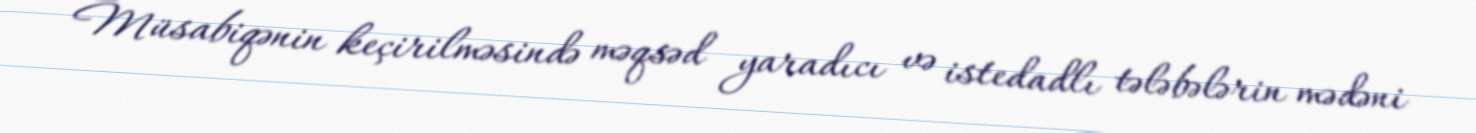
Müsabiqənin keçirilməsində məqsəd yaradıcı və istedadlı tələbələrin mədəni